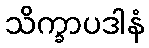
သိက္ခာပဒါနံ